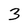
Character: 3